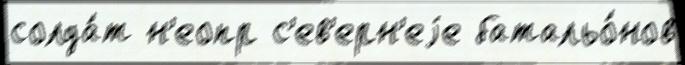
солда́т н'еопр с'ев'ерн'еjе батальо́нов